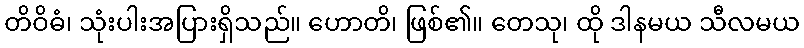
တိဝိဓံ၊ သုံးပါးအပြားရှိသည်။ ဟောတိ၊ ဖြစ်၏။ တေသု၊ ထို ဒါနမယ သီလမယ